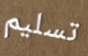
تسليم